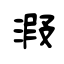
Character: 溊